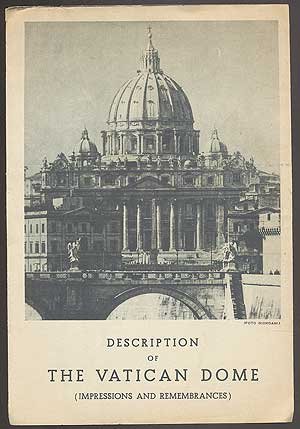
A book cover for Description of The Vatican Dome (Impressions and Remembrances); Mgr. G.C.; Travel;